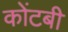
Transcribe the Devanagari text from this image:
कोंटबी